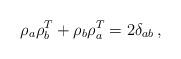
LaTeX: \begin{align*}\rho_{a}\rho_{b}^{T}+\rho_{b}\rho_{a}^{T}=2\delta_{ab}\,,\end{align*}